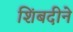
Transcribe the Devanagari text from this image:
शिंबदीने